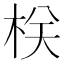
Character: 栚